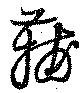
蒯